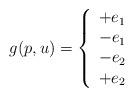
LaTeX: \begin{align*}g(p,u)=\left\{\begin{array}{ll} +e_1&\\ -e_1&\\ -e_2&\\ +e_2&\end{array}\right.\end{align*}